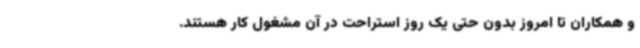
و همکاران تا امروز بدون حتی یک روز استراحت در آن مشغول کار هستند.